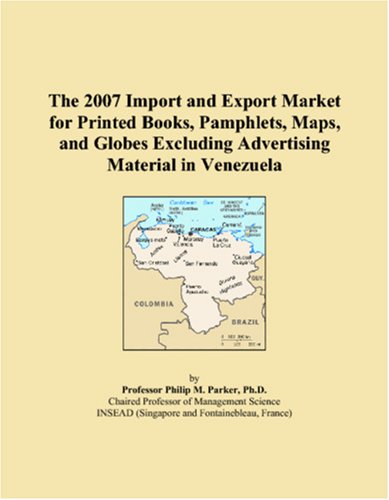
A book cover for The 2007 Import and Export Market for Printed Books, Pamphlets, Maps, and Globes Excluding Advertising Material in Venezuela; Philip M. Parker; Travel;